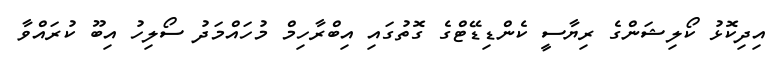
އިދިކޮޅު ކޯލިޝަންގެ ރިޔާސީ ކެންޑިޑޭޓްގެ ގޮތުގައި އިބްރާހިމް މުހައްމަދު ސޯލިހު އިބޫ ކުރައްވާ